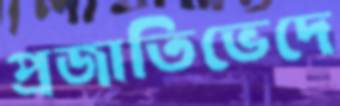
প্রজাতিভেদে